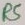
Text: R5